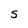
Character: S